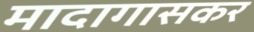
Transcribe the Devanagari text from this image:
मादागासकर